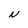
Character: N